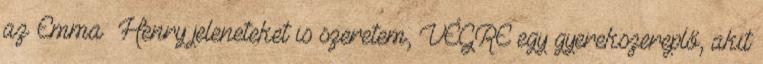
az Emma Henry jeleneteket is szeretem, VÉGRE egy gyerekszereplő, akit